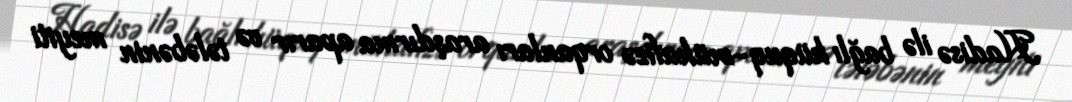
Hadisə ilə bağlı hüquq-mühafizə orqanları araşdırma aparır və tələbənin meyiti